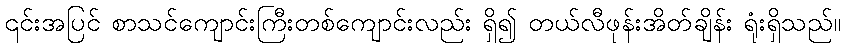
၎င်းအပြင် စာသင်ကျောင်းကြီးတစ်ကျောင်းလည်း ရှိ၍ တယ်လီဖုန်းအိတ်ချိန်း ရုံးရှိသည်။